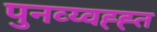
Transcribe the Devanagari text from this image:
पुनव्य्वह्ह्त